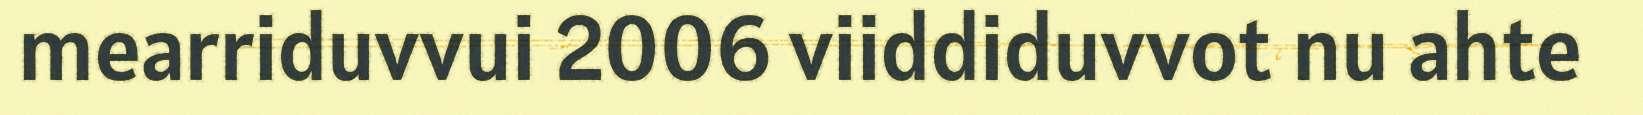
mearriduvvui 2006 viiddiduvvot nu ahte